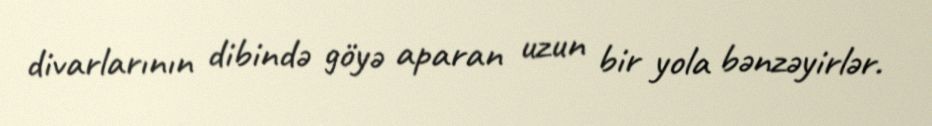
divarlarının dibində göyə aparan uzun bir yola bənzəyirlər.